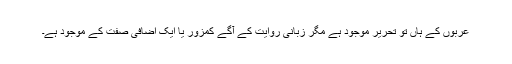
عربوں کے ہاں تو تحریر موجود ہے مگر زبانی روایت کے آگے کمزور یا ایک اضافی صفت کے موجود ہے۔